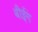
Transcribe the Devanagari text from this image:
बीईंग